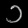
Digit: ၁